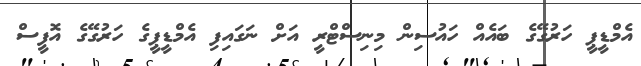
އެމްޑީޕީ ހަރުގޭގެ ބައެއް ހައުސިން މިނިސްޓްރީ އަށް ނަގައިފި އެމްޑީޕީގެ ހަރުގޭގެ އޮފީސް